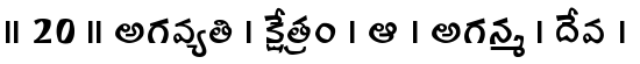
।। 20 ।। అగవ్యతి । క్షేత్రం । ఆ । అగన్మ । దేవ ।